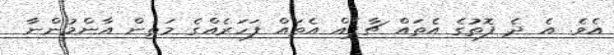
އެވެ. އެ ދެ ފޮތުގެ އެތައް ޗާޕެއް އެތައް ފަހަރެއްގެ މަތިން އާންމުންނާ